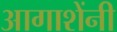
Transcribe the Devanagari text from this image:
आगाशेंनी